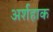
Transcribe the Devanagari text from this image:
अर्शहाक